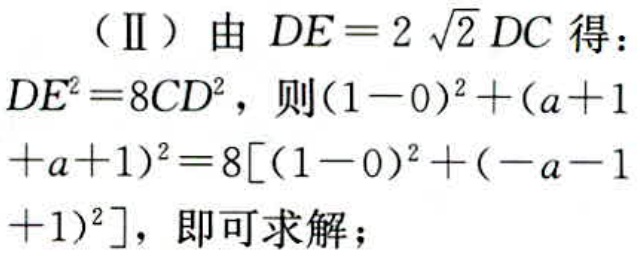
（Ⅱ）由 \(DE = 2\sqrt{2}DC\) 得：
\(DE^{2}=8CD^{2}\)，则\((1 - 0)^{2}+(a + 1+a + 1)^{2}=8[(1 - 0)^{2}+(-a - 1 + 1)^{2}]\)，即可求解；